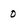
Character: o